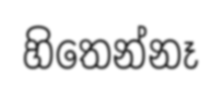
හිතෙන්නෑ